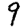
Digit: 9